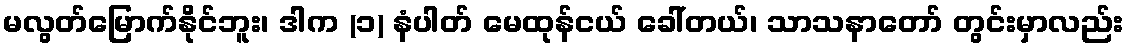
မလွတ်မြောက်နိုင်ဘူး၊ ဒါက (၁) နံပါတ် မေထုန်ငယ် ခေါ်တယ်၊ သာသနာတော် တွင်းမှာလည်း